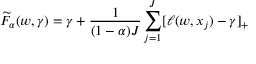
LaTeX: { \widetilde { F } } _ { \alpha } ( w , \gamma ) = \gamma + { \frac { 1 } { ( 1 - \alpha ) J } } \sum _ { j = 1 } ^ { J } [ \ell ( w , x _ { j } ) - \gamma ] _ { + }